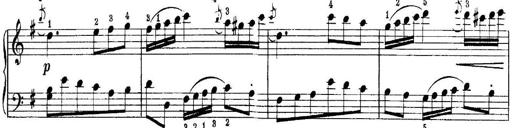
Title: Quatres sonatines
Composer: Tadeusz Joteyko